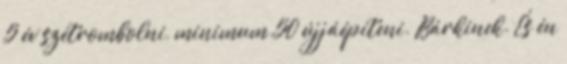
5 év szétrombolni, minimum 50 újjáépíteni. Bárkinek. És én